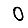
Digit: 0